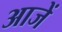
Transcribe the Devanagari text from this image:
आजें